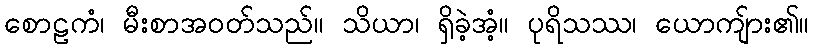
စောဠကံ၊ မီးစာအဝတ်သည်။ သိယာ၊ ရှိခဲ့အံ့။ ပုရိသဿ၊ ယောကျ်ား၏။